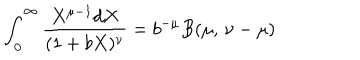
LaTeX: \int _ { 0 } ^ { \infty } { \frac { X ^ { \mu - 1 } d X } { ( 1 + b X ) ^ { \nu } } } = b ^ { - \mu } B ( \mu , \, \nu - \mu )